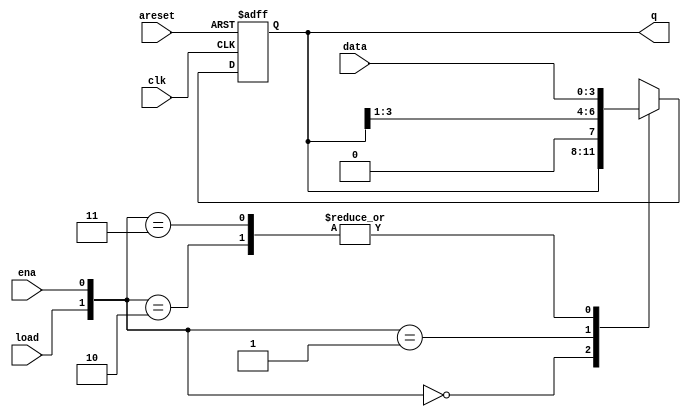
module top_module(
    input clk,
    input areset,  // async active-high reset to zero
    input load,
    input ena,
    input [3:0] data,
    output reg [3:0] q);
    
    always @(posedge clk, posedge areset) begin
        if (areset) q = 0;
        else begin
            case ({load,ena})
                2'b00: q <= q;
                2'b01: q <= {1'b0,q[3],q[2],q[1]};
                2'b10: q <= data;
                2'b11: q <= data;
            endcase
        end
    end

endmodule